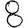
Digit: 8